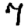
Digit: 7